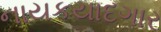
નાયકયાદગાર